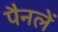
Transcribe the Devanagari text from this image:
पैनलें